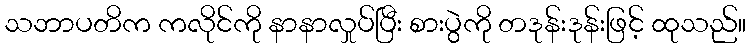
သဘာပတိက ကလိုင်ကို နာနာလှုပ်ပြီး စားပွဲကို တဒုန်းဒုန်းဖြင့် ထုသည်။